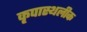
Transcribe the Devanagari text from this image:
कृपास्थलीक